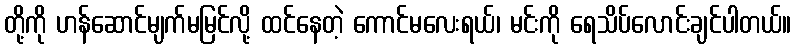
တို့ကို ဟန်ဆောင်မျက်မမြင်လို့ ထင်နေတဲ့ ကောင်မလေးရယ်၊ မင်းကို ရေသိပ်လောင်းချင်ပါတယ်။